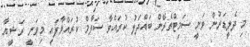
މި ދެލީޑަރުން ވަނީ ސަމިޓްތެރޭން ބައްދަލު ކުރައްވާ ސަލާމް ކުރައްވާފައި މިވަނީ ރަޝީއާ